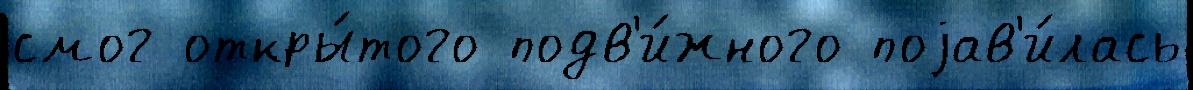
смог откры́того подв'и́жного поjав'и́лась